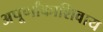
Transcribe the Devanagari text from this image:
अपूर्णांकाशिवाय